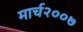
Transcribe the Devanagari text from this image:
मार्च२००७